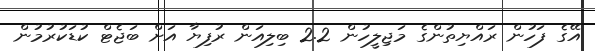
އޭގެ ފަހުން ރައްޔިތުންގެ މަޖިލީހުން 2.2 ބިލިއަން ރުފިޔާ އަށް ބަޖެޓް ކުޑަކުރުމުން